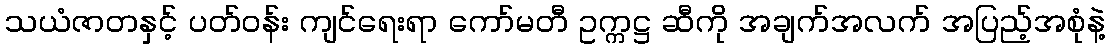
သယံဇာတနှင့် ပတ်ဝန်း ကျင်ရေးရာ ကော်မတီ ဥက္ကဋ္ဌ ဆီကို အချက်အလက် အပြည့်အစုံနဲ့